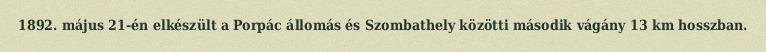
1892. május 21-én elkészült a Porpác állomás és Szombathely közötti második vágány 13 km hosszban.